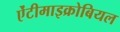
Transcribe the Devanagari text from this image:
ऐंटीमाइक्रोबियल